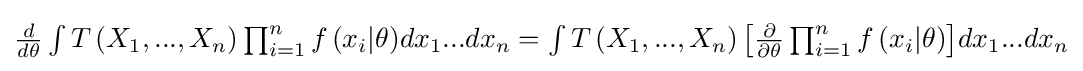
{\textstyle {\frac {d}{d\theta }}\int {T\left({X}_{1},...,{X}_{n}\right)}\prod _{i=1}^{n}{f\left({x}_{i}|\theta \right)}d{x}_{1}...d{x}_{n}=\int {T\left({X}_{1},...,{X}_{n}\right)\left[{\frac {\partial }{\partial \theta }}\prod _{i=1}^{n}{f\left({x}_{i}|\theta \right)}\right]}d{x}_{1}...d{x}_{n}}